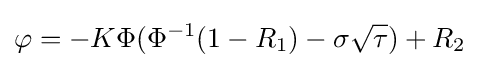
\varphi =-K\Phi (\Phi ^{-1}(1-R_{1})-\sigma {\sqrt {\tau }})+R_{2}